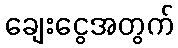
ချေးငွေအတွက်